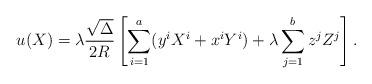
LaTeX: \begin{align*} u(X)=\lambda \frac{\sqrt{\Delta}}{2R}\left[\sum_{i=1}^{a}(y^{i}X^{i}+x^{i}Y^{i}) +\lambda \sum_{j=1}^{b}z^{j}Z^{j}\right].\end{align*}